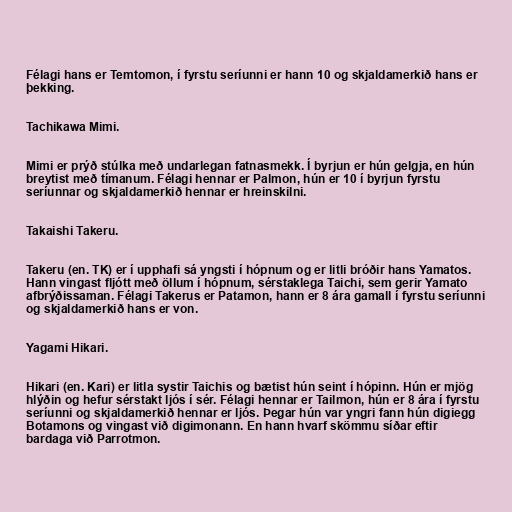
Félagi hans er Temtomon, í fyrstu seríunni er hann 10 og skjaldamerkið hans er
þekking.

Tachikawa Mimi.

Mimi er prýð stúlka með undarlegan fatnasmekk. Í byrjun er hún gelgja, en hún
breytist með tímanum. Félagi hennar er Palmon, hún er 10 í byrjun fyrstu
seríunnar og skjaldamerkið hennar er hreinskilni.

Takaishi Takeru.

Takeru (en. TK) er í upphafi sá yngsti í hópnum og er litli bróðir hans Yamatos.
Hann vingast fljótt með öllum í hópnum, sérstaklega Taichi, sem gerir Yamato
afbrýðissaman. Félagi Takerus er Patamon, hann er 8 ára gamall í fyrstu seríunni
og skjaldamerkið hans er von.

Yagami Hikari.

Hikari (en. Kari) er litla systir Taichis og bætist hún seint í hópinn. Hún er mjög
hlýðin og hefur sérstakt ljós í sér. Félagi hennar er Tailmon, hún er 8 ára í fyrstu
seríunni og skjaldamerkið hennar er ljós. Þegar hún var yngri fann hún digiegg
Botamons og vingast við digimonann. En hann hvarf skömmu síðar eftir
bardaga við Parrotmon.